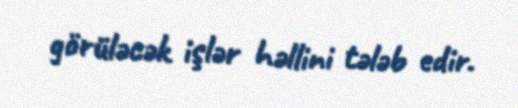
görüləcək işlər həllini tələb edir.